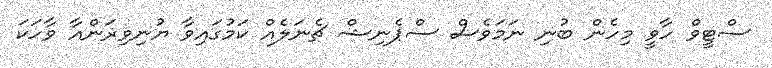
ސްޓީވް ހާވީ މިހެން ބުނި ނަމަވެސް ސްޕެނިޝް ޗެނަލެއް ކަމުގައިވާ ޔުނިވިޜަންއާ ވާހަކަ